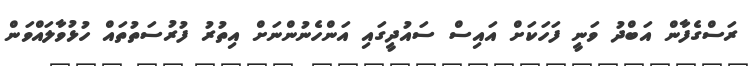
ރަސްގެފާން އަބްދު ވަނީ ފަހަކަށް އައިސް ސައުދީގައި އަންހެނުންނަށް އިތުރު ފުރުސަތުތައް ހުޅުވާލައްވަން